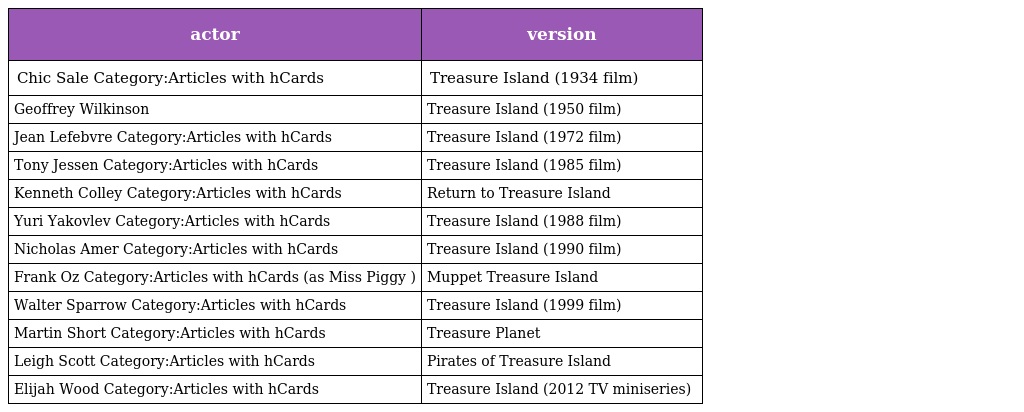
| actor | version |
 | --- | --- |
 | Chic Sale Category:Articles with hCards | Treasure Island (1934 film) |
 | Geoffrey Wilkinson | Treasure Island (1950 film) |
 | Jean Lefebvre Category:Articles with hCards | Treasure Island (1972 film) |
 | Tony Jessen Category:Articles with hCards | Treasure Island (1985 film) |
 | Kenneth Colley Category:Articles with hCards | Return to Treasure Island |
 | Yuri Yakovlev Category:Articles with hCards | Treasure Island (1988 film) |
 | Nicholas Amer Category:Articles with hCards | Treasure Island (1990 film) |
 | Frank Oz Category:Articles with hCards (as Miss Piggy ) | Muppet Treasure Island |
 | Walter Sparrow Category:Articles with hCards | Treasure Island (1999 film) |
 | Martin Short Category:Articles with hCards | Treasure Planet |
 | Leigh Scott Category:Articles with hCards | Pirates of Treasure Island |
 | Elijah Wood Category:Articles with hCards | Treasure Island (2012 TV miniseries) |